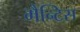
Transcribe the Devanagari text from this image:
मैन्टिस